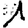
Digit: 1